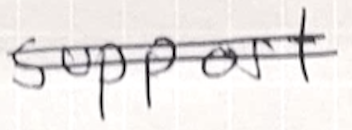
Text: support
Cross-out: double-line
Writing tool: ballpoint